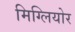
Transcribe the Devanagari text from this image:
मिग्लियोर